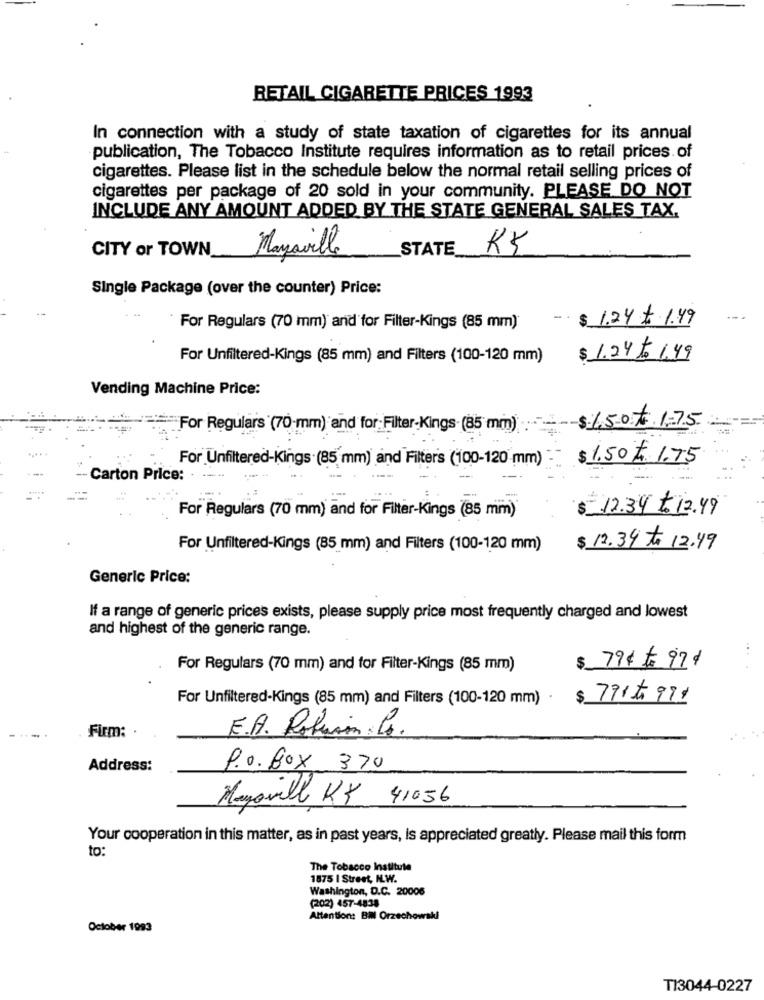
RETAIL CIGARETTE PRICES 1993
In connection with a study of state taxation of cigarettes for its annual
publication, The Tobacco Institute requires information as to retail prices of
cigarettes. Please list in the schedule below the normal retail selling prices of
cigarettes per package of 20 sold in your community. PLEASE DO NOT
INCLUDE ANY AMOUNT ADDED BY THE STATE GENERAL SALES TAX.
CITY or TOWN
Mayaville
STATE
Single Package (over the counter) Price:
$ 1.24 $ 1.49
For Regulars (70 mm) and for Filter-Kings (85 mm)
For Unfiltered-Kings (85 mm) and Filters (100-120 mm)
$ 1.24 to 1,49
Vending Machine Price:
For Regulars (70-mm) and for: Filter-Kings (85 mm)
$ 150# 1-75
For Unfiltered-Kings (85 mm) and Filters (100-120 mm)
$ 1.50 h. 1.75
Carton Price:
$ 12.34 t.12.49
For Regulars (70 mm) and for Filter-Kings (85 mm)
For Unfiltered-Kings (85 mm) and Filters (100-120 mm)
$ 12.34 to 12.49
Generic Price:
If a range of generic prices exists, please supply price most frequently charged and lowest
and highest of the generic range.
For Regulars (70 mm) and for Filter-Kings (85 mm)
$ 79 t 974
For Unfiltered-Kings (85 mm) and Filters (100-120 mm)
$
791599
Firm: .
E.A. Rokuim Co.
Address:
P.o. Box 370
Mayovill KY 41056
Your cooperation in this matter, as in past years, is appreciated greatly. Please mail this form
to:
The Tobacco Institute
1875 | Street, N.W.
Washington, D.C. 20006
(202) 457-4838
Attention: BIN Orzechowski
October 1993
T13044-0227